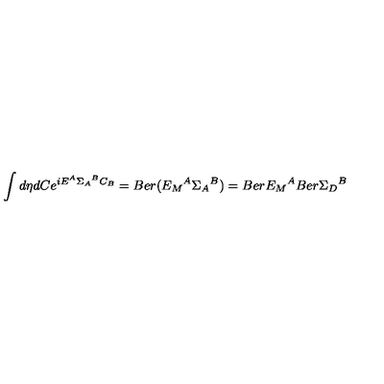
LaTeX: \int d \eta d C e ^ { i E ^ { A } { \Sigma _ { A } } ^ { B } C _ { B } } = B e r ( { E _ { M } } ^ { A } { \Sigma _ { A } } ^ { B } ) = B e r { E _ { M } } ^ { A } B e r { \Sigma _ { D } } ^ { B }